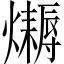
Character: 𤒛